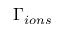
\Gamma _ { i o n s }